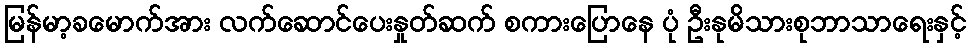
မြန်မာ့ခမောက်အား လက်ဆောင်ပေးနှုတ်ဆက် စကားပြောနေ ပုံ ဦးနုမိသားစုဘာသာရေးနှင့်